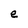
Character: e